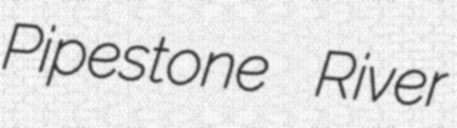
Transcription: Pipestone River